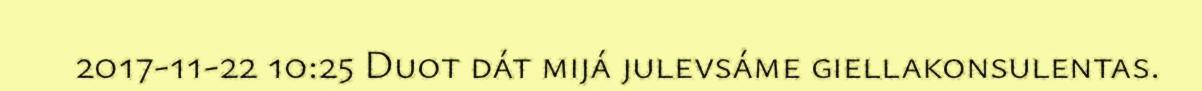
2017-11-22 10:25 Duot dát mijá julevsáme giellakonsulentas.